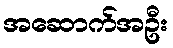
အဆောက်အဦး